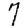
Digit: 7